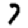
Digit: 7